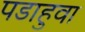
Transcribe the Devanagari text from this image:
पडाहुवा